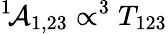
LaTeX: ^{1\! }{\cal A}_{1,23}\propto^{3}T_{123}